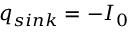
q _ { s i n k } = - I _ { 0 }